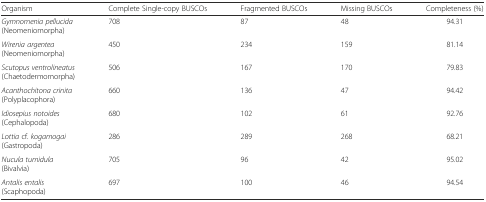
<table><thead><tr><td><b>Organism</b></td><td><b>Complete Single-copy BUSCOs</b></td><td><b>Fragmented BUSCOs</b></td><td><b>Missing BUSCOs</b></td><td><b>Completeness (%)</b></td></tr></thead><tbody><tr><td><i>Gymnomenia pellucida</i>(Neomeniomorpha)</td><td>708</td><td>87</td><td>48</td><td>94.31</td></tr><tr><td><i>Wirenia argentea</i>(Neomeniomorpha)</td><td>450</td><td>234</td><td>159</td><td>81.14</td></tr><tr><td><i>Scutopus ventrolineatus</i>(Chaetodermomorpha)</td><td>506</td><td>167</td><td>170</td><td>79.83</td></tr><tr><td><i>Acanthochitona crinita</i>(Polyplacophora)</td><td>660</td><td>136</td><td>47</td><td>94.42</td></tr><tr><td><i>Idiosepius notoides</i>(Cephalopoda)</td><td>680</td><td>102</td><td>61</td><td>92.76</td></tr><tr><td><i>Lottia</i> cf. <i>kogamogai</i>(Gastropoda)</td><td>286</td><td>289</td><td>268</td><td>68.21</td></tr><tr><td><i>Nucula tumidula</i>(Bivalvia)</td><td>705</td><td>96</td><td>42</td><td>95.02</td></tr><tr><td><i>Antalis entalis</i>(Scaphopoda)</td><td>697</td><td>100</td><td>46</td><td>94.54</td></tr></tbody></table>